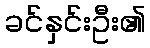
ခင်နှင်းဦး၏